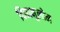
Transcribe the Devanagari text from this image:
विद्यानुलोम